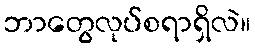
ဘာတွေလုပ်စရာရှိလဲ။